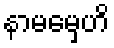
နာမမှေဟိ